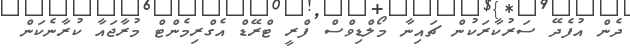
ދެން އުފެދޭ ސަރުކާރަކުން ޗައިނާ މޯލްޑިވްސް ފްރީ ޓްރޭޑް އެގްރިމެންޓް މުރާޖައާ ކުރާނެކަން